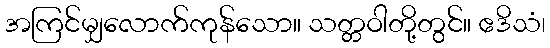
အကြင်မျှလောက်ကုန်သော။ သတ္တဝါတို့တွင်။ ဧဒိသံ၊